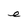
Character: e